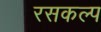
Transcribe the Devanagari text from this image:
रसकल्प